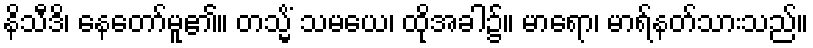
နိသီဒိ၊ နေတော်မူ၏။ တသ္မိံ သမယေ၊ ထိုအခါ၌။ မာရော၊ မာရ်နတ်သားသည်။